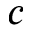
c